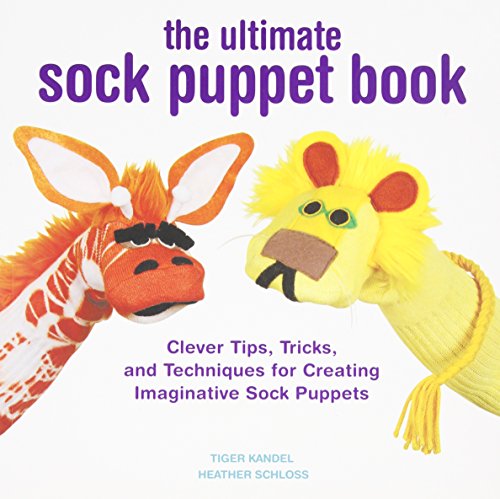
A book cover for The Ultimate Sock Puppet Book: Clever Tips, Tricks, and Techniques for Creating Imaginative Sock Puppets; Tiger Kandel; Crafts, Hobbies & Home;